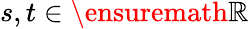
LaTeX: s,t\in\ensuremath{\mathbb{R}}